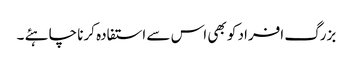
بزرگ افراد کو بھی اس سے استفادہ کرنا چاہئے ۔